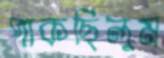
পাকছিলুম